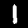
Label: 1